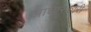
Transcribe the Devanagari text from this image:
आघारकारी